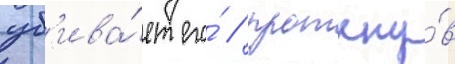
уб'ива́ет его́ / проткну́в